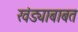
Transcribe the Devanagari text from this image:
खंड्याबाबत